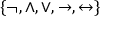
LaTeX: \{ \neg , \land , \lor , \to , \leftrightarrow \}